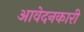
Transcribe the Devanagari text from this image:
आवेदनकारी